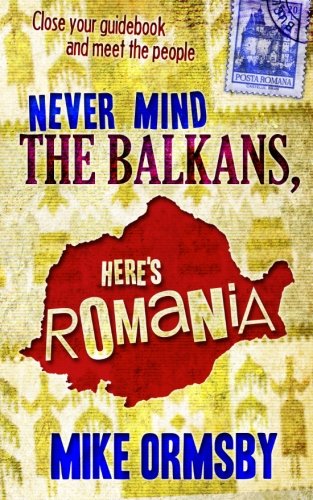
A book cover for Never Mind the Balkans, Here's Romania; Mike Ormsby; Travel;